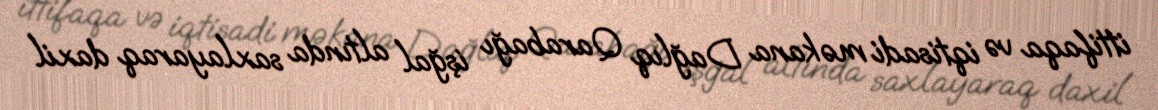
ittifaqa və iqtisadi məkana Dağlıq Qarabağı işğal altında saxlayaraq daxil